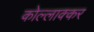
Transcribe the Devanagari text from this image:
कोल्लाक्कर